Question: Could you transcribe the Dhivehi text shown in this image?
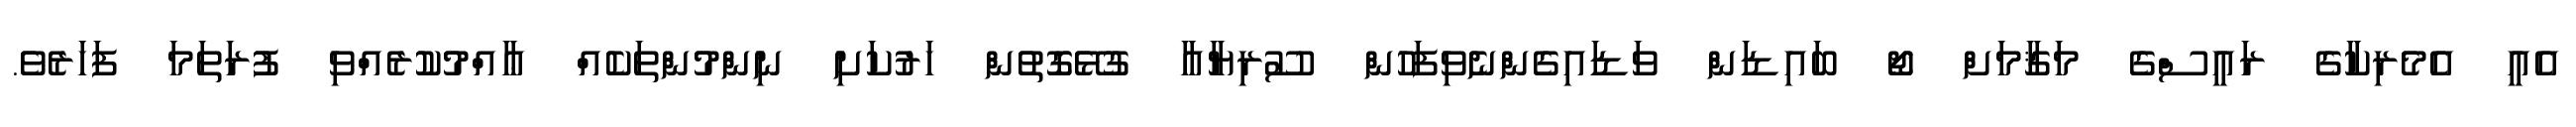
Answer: އެއީ އެމެރިކާގެ ރައީސްގެ މަޤާމަށް ޖޯ ބައިޑަން ވަޑައިގެންނެވިފަހުން ސޫރިޔާއާ ގުޅޭގޮތުން ހަރުކަށި ނިންމުންތަކެއް ޢާއްމުކުރެއްވި ފުރަތަމަ ފަހަރެވެ.